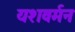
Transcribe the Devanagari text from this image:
यशवर्मन